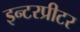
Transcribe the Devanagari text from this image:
इन्टरप्रीटर